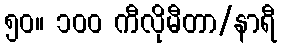
၅၀။ ၁၀၀ ကီလိုမီတာ/နာရီ